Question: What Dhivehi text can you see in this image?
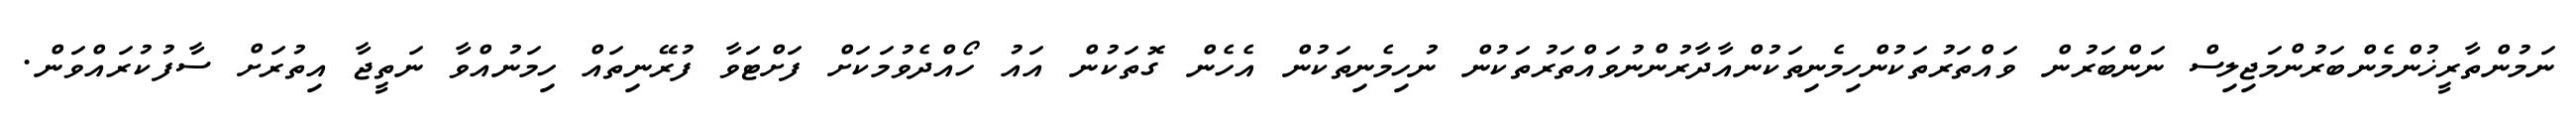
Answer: ނަމުންތާރީޚުންމެންބަރުންމަޖިލިސް ނަންބަރުން ވައްތަރުތަކުންހިމެނިތަކުންއާދާރުންނުވައްތަރުތަކުން ނުހިމެނިތަކުން އެހެން ގޮތަކުން އައު ހޯއްދެވުމަކަށް ފަށްޓަވާ ފުރޭނިތައް ހިމަނުއްވާ ނަތީޖާ އިތުރަށް ސާފުކުރައްވަން.